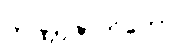
တဏှာဇာတိကော